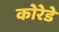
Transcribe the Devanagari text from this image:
कोरेडे